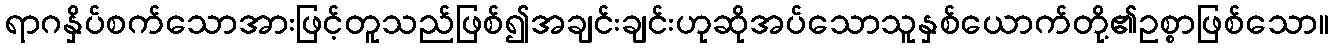
ရာဂနှိပ်စက်သောအားဖြင့်တူသည်ဖြစ်၍အချင်းချင်းဟုဆိုအပ်သောသူနှစ်ယောက်တို့၏ဥစ္စာဖြစ်သော။